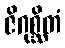
ဇိဂုစ္ဆိတံ